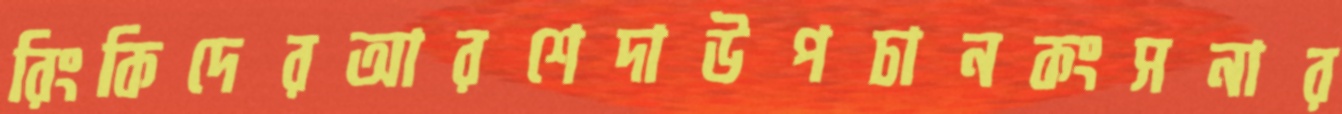
রিংকিদেরআরশেদাউপচানকংসনার